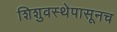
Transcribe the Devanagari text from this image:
शिशुवस्थेपासूनच